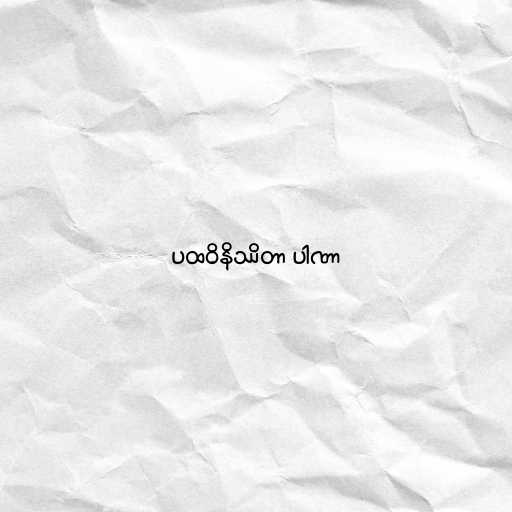
ပထဝိနိဿိတာ ပါဏာ